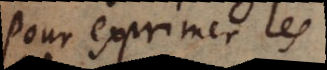
pour exprimer les